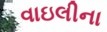
વાઇલીના